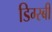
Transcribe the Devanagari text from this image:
डिग्स्बी